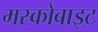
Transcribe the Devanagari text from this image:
मस्कोबाइट